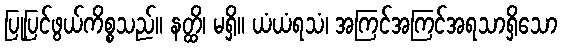
ပြုပြင်ဖွယ်ကိစ္စသည်။ နတ္ထိ၊ မရှိ။ ယံယံရသံ၊ အကြင်အကြင်အရသာရှိသော